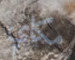
مكاي